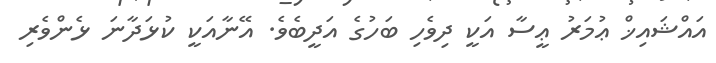
އައްޝައިޚް ޢުމަރު ޢީސާ އަކީ ދިވެހި ބަހުގެ އަދީބެވެ. އޭނާއަކީ ކުޅަދާނަ ޅެންވެރި